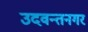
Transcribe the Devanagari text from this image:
उदवन्तनगर